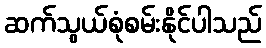
ဆက်သွယ်စုံစမ်းနိုင်ပါသည်